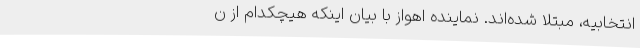
انتخابیه، مبتلا شده‌اند. نماینده اهواز با بیان اینکه هیچکدام از ن